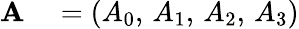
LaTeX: \begin{array}{rl}{\mathbf{A}}&{{}=(A_{0},\, A_{1},\, A_{2},\, A_{3})}\end{array}